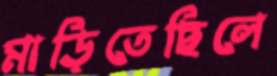
মাড়িতেছিলে